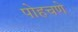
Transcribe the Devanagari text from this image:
पोहचणे